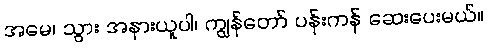
အမေ၊ သွား အနားယူပါ၊ ကျွန်တော် ပန်းကန် ဆေးပေးမယ်။